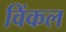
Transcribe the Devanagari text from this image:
विंकल